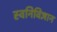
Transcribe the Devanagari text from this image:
स्वनिविज्ञान